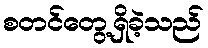
စတင်တွေ့ရှိခဲ့သည်